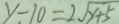
y - 1 0 = 2 \sqrt { y + 5 }